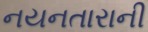
નયનતારાની